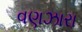
વણઝારા